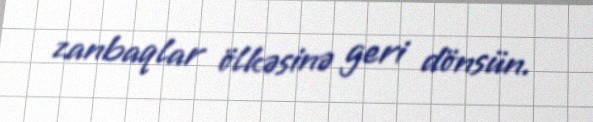
zanbaqlar ölkəsinə geri dönsün.